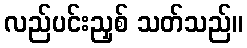
လည်ပင်းညှစ် သတ်သည်။